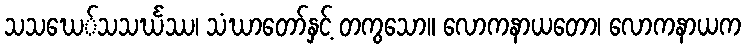
သသဃေ်သသင်္ဃဿ၊ သံဃာတော်နှင့် တကွသော။ လောကနာယတော၊ လောကနာယက